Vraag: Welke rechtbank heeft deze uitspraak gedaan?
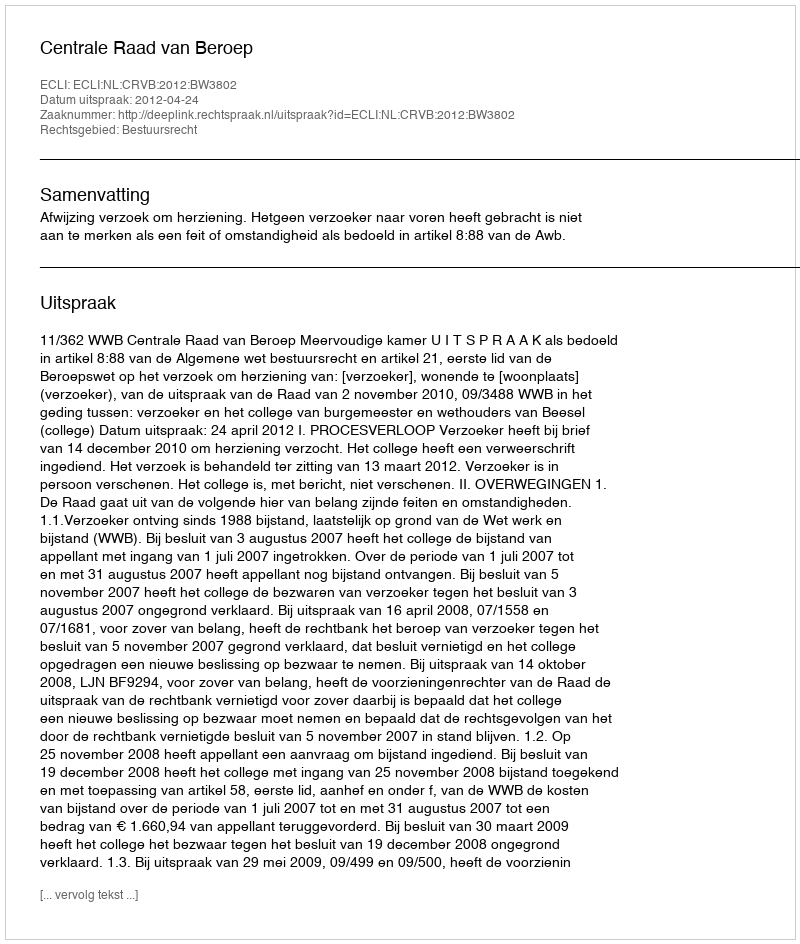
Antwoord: Centrale Raad van Beroep